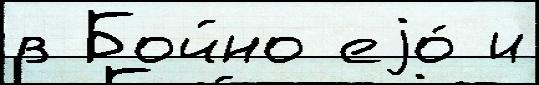
в Бойно еjо́ и